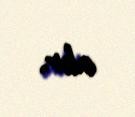
alır.